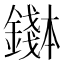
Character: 𬬌